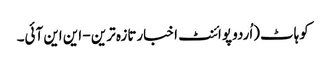
کوہاٹ(اُردو پوائنٹ اخبارتازہ ترین - این این آئی۔